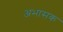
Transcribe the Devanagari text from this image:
अभासक